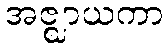
အဇ္ဈာယကာ